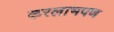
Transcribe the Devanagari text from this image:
करलाभपण